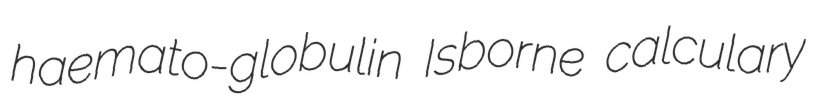
haemato-globulin Isborne calculary